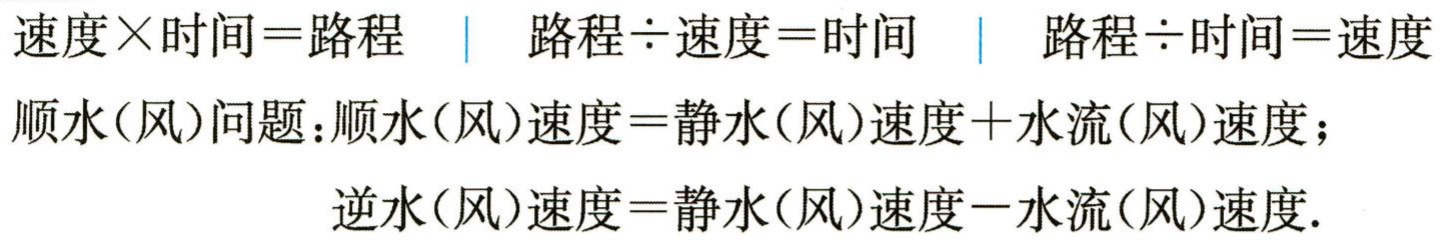
速度×时间=路程 \| 路程÷速度=时间 \| 路程÷时间=速度
顺水(风)问题：顺水(风)速度=静水(风)速度+水流(风)速度；
逆水(风)速度=静水(风)速度-水流(风)速度.